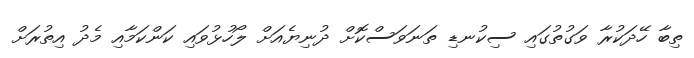
ތިބާ ހޭދަކުރާ ވަގުތުގައި ސިކުނޑި ތަނަވަސްކޮށް ދުނިޔެއަށް ލޯހުޅުވައި ކަންކަމާއި މެދު އިތުރަށް